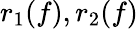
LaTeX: r_{1}(f),r_{2}(f)